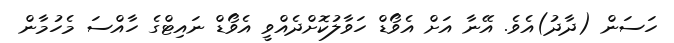
ހަސަން (ދާދު)އެވެ. އޭނާ އަށް އެވޯޑް ހަވާލުކޮށްދެއްވީ އެވޯޑް ނައިޓްގެ ހާއްސަ މެހުމާން